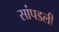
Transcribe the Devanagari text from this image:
सांपडली